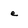
Character: e